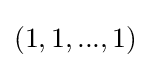
(1,1,...,1)